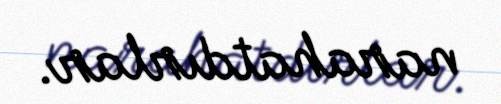
narahatdırlar.